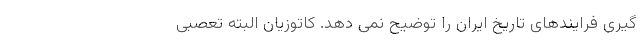
گیری فرایندهای تاریخ ایران را توضیح نمی دهد. کاتوزیان البته تعصبی